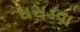
ઘસડવા